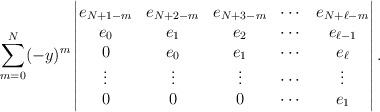
LaTeX: \begin{align*}\sum_{m=0}^{N}(-y)^m\begin{vmatrix}e_{N+1-m}& e_{N+2-m}&e_{N+3-m}&\cdots & e_{N+\ell-m}\\e_0&e_1&e_2&\cdots & e_{\ell-1}\\0&e_0&e_1&\cdots& e_{\ell}\\\vdots&\vdots&\vdots&\cdots&\vdots \\0&0&0 &\cdots &e_1\end{vmatrix}.\end{align*}